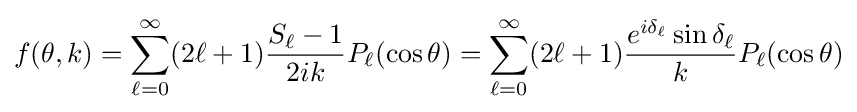
f(\theta ,k)=\sum _{\ell =0}^{\infty }(2\ell +1){\frac {S_{\ell }-1}{2ik}}P_{\ell }(\cos \theta )=\sum _{\ell =0}^{\infty }(2\ell +1){\frac {e^{i\delta _{\ell }}\sin \delta _{\ell }}{k}}P_{\ell }(\cos \theta )